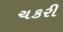
ચકરી